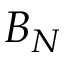
B _ { N }